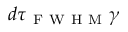
d \tau _ { \mathrm { ~ F ~ W ~ H ~ M ~ } } \gamma